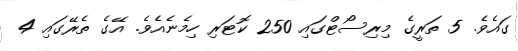
ގައެވެ. 5 ތަރީގެ މިރިސޯޓްގައި 250 ކޮޓަރި ހިމެނެއެވެ. އޭގެ ތެރޭގައި 4